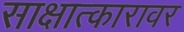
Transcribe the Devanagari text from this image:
साक्षात्कारावर